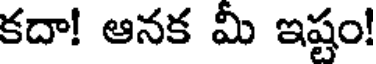
కదా! ఆనక మీ ఇష్టం!